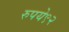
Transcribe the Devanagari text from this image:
रुपये९२